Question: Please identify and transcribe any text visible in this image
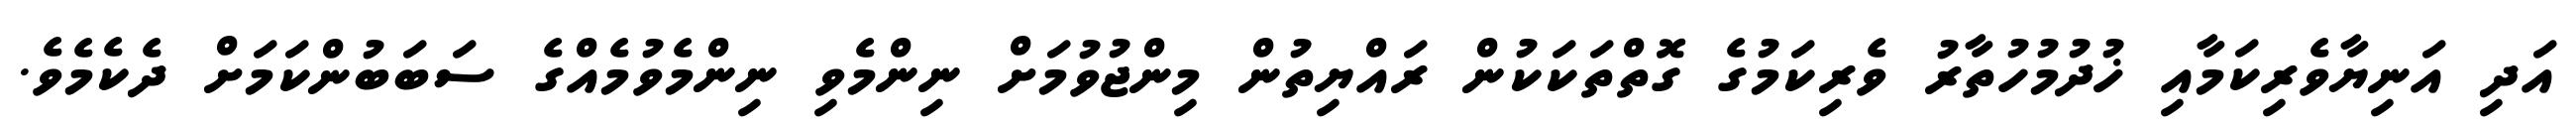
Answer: އަދި އަނިޔާވެރިކަމާއި ޚުދުމުހުތާރު ވެރިކަމުގެ ގޮތްތަކަކުން ރައްޔިތުން މިންޖުވުމަށް ނިންމެވި ނިންމެވުމެއްގެ ސަބަބުންކަމަށް ދެކެމެވެ.